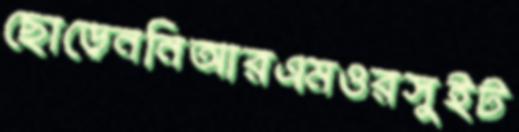
ছোড়েননিআরএমওরসুইট